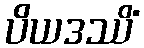
ပိယဒဿိံ